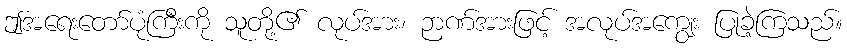
ဤအရေးတော်ပုံကြီးကို သူတို့၏ လုပ်အား၊ ဉာဏ်အားဖြင့် အလုပ်အကျွေး ပြုခဲ့ကြသည်။